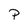
Character: p